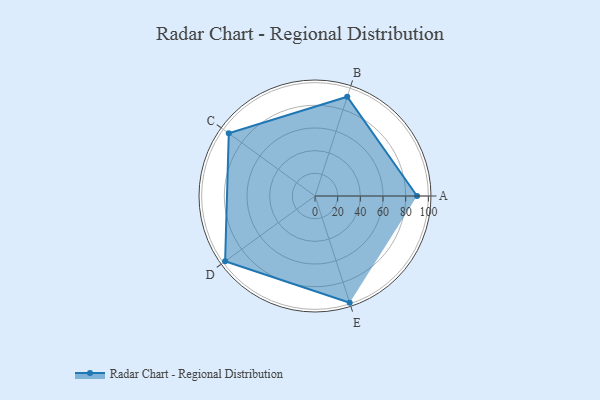
{"axis": {"x": "Skill", "y": "Score"}, "legend": ["Profile"], "data": [{"x": "A", "y": 90.0, "type": "Profile"}, {"x": "B", "y": 92.0, "type": "Profile"}, {"x": "C", "y": 94.0, "type": "Profile"}, {"x": "D", "y": 98.0, "type": "Profile"}, {"x": "E", "y": 99, "type": "Profile"}]}